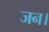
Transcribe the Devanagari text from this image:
जन।